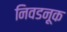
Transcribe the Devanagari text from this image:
निवडनूक